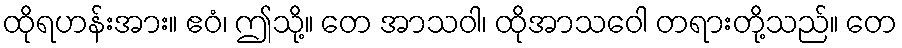
ထိုရဟန်းအား။ ဧဝံ၊ ဤသို့။ တေ အာသဝါ၊ ထိုအာသဝေါ တရားတို့သည်။ တေ